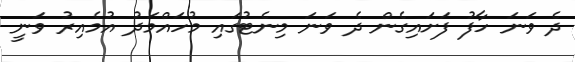
ދެ ވަނަ ހާފު ފަށައިގެން ދެ ވަނަ މިނެޓުގައި މުހައްމަދު އުމެއިރު ވަނީ